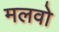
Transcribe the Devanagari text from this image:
मलवो